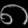
Digit: ၈